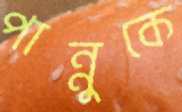
পান্নুকে